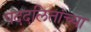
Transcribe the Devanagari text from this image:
पददलितांच्या